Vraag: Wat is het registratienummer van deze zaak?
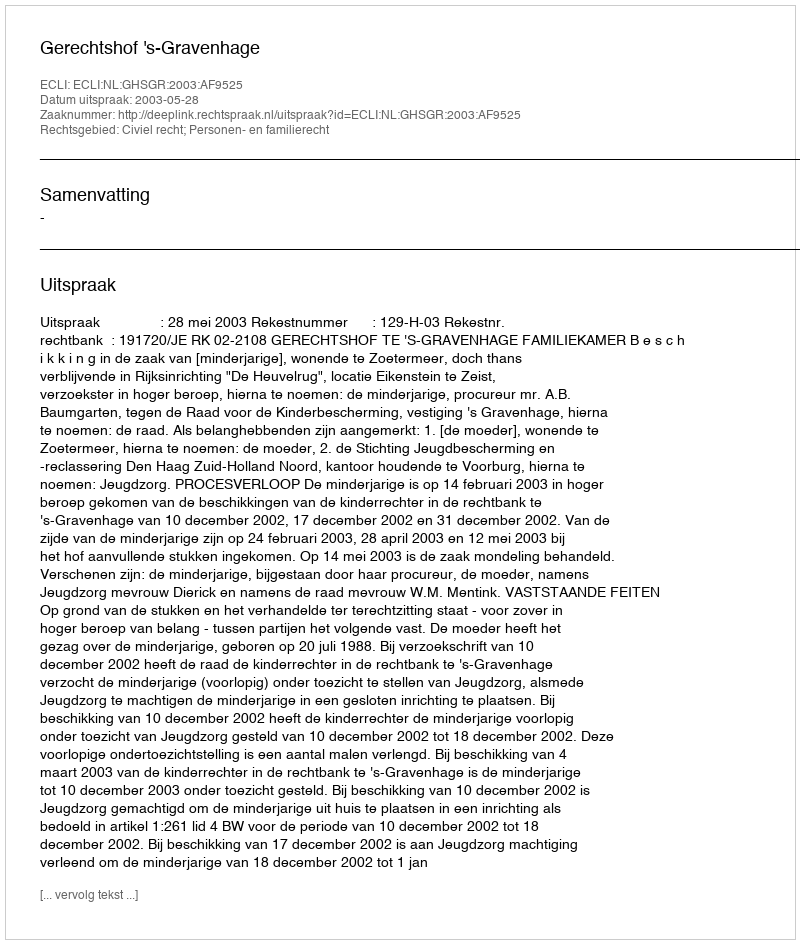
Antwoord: http://deeplink.rechtspraak.nl/uitspraak?id=ECLI:NL:GHSGR:2003:AF9525